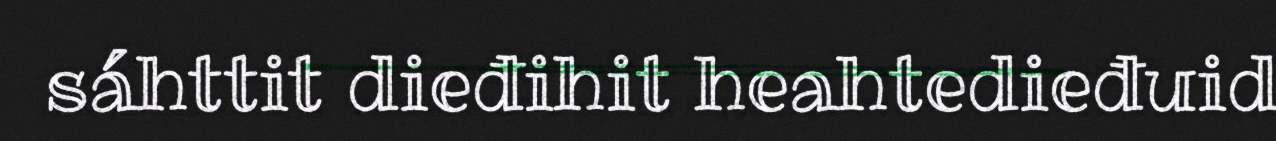
sáhttit dieđihit heahtedieđuid